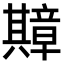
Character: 𫤴